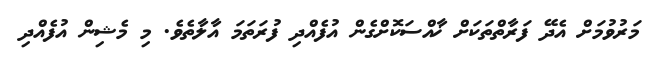
މަރުވުމަށް އެދޭ ފަރާތްތަކަށް ޚާއްސަކޮށްގެން އުފެއްދި ފުރަތަމަ އާލާތެވެ. މި މެޝިން އުފެއްދި